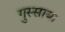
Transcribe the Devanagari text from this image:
गुस्साया